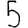
Digit: 5